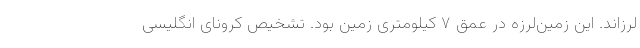
لرزاند. این زمین‌لرزه در عمق ۷ کیلومتری زمین بود. تشخیص کرونای انگلیسی